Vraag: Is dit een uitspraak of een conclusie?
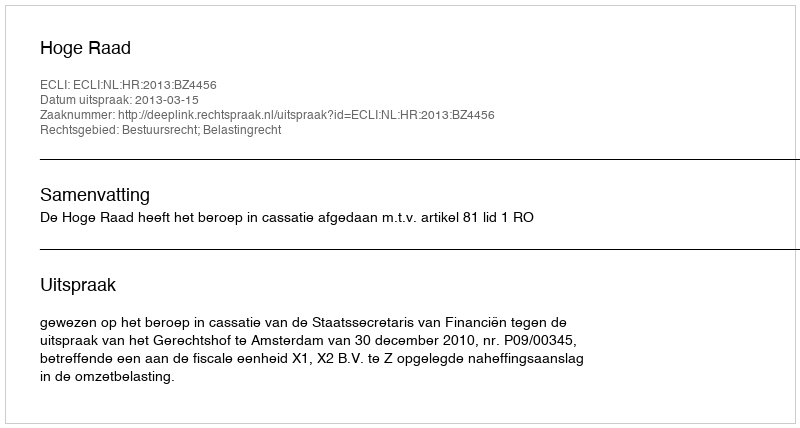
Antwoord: Uitspraak